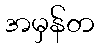
အမှန်တ